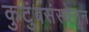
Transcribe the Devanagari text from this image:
कुटुंबसंस्थेतून